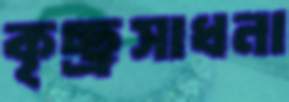
কৃচ্ছ্রসাধনা